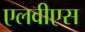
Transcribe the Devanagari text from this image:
एलवीएस